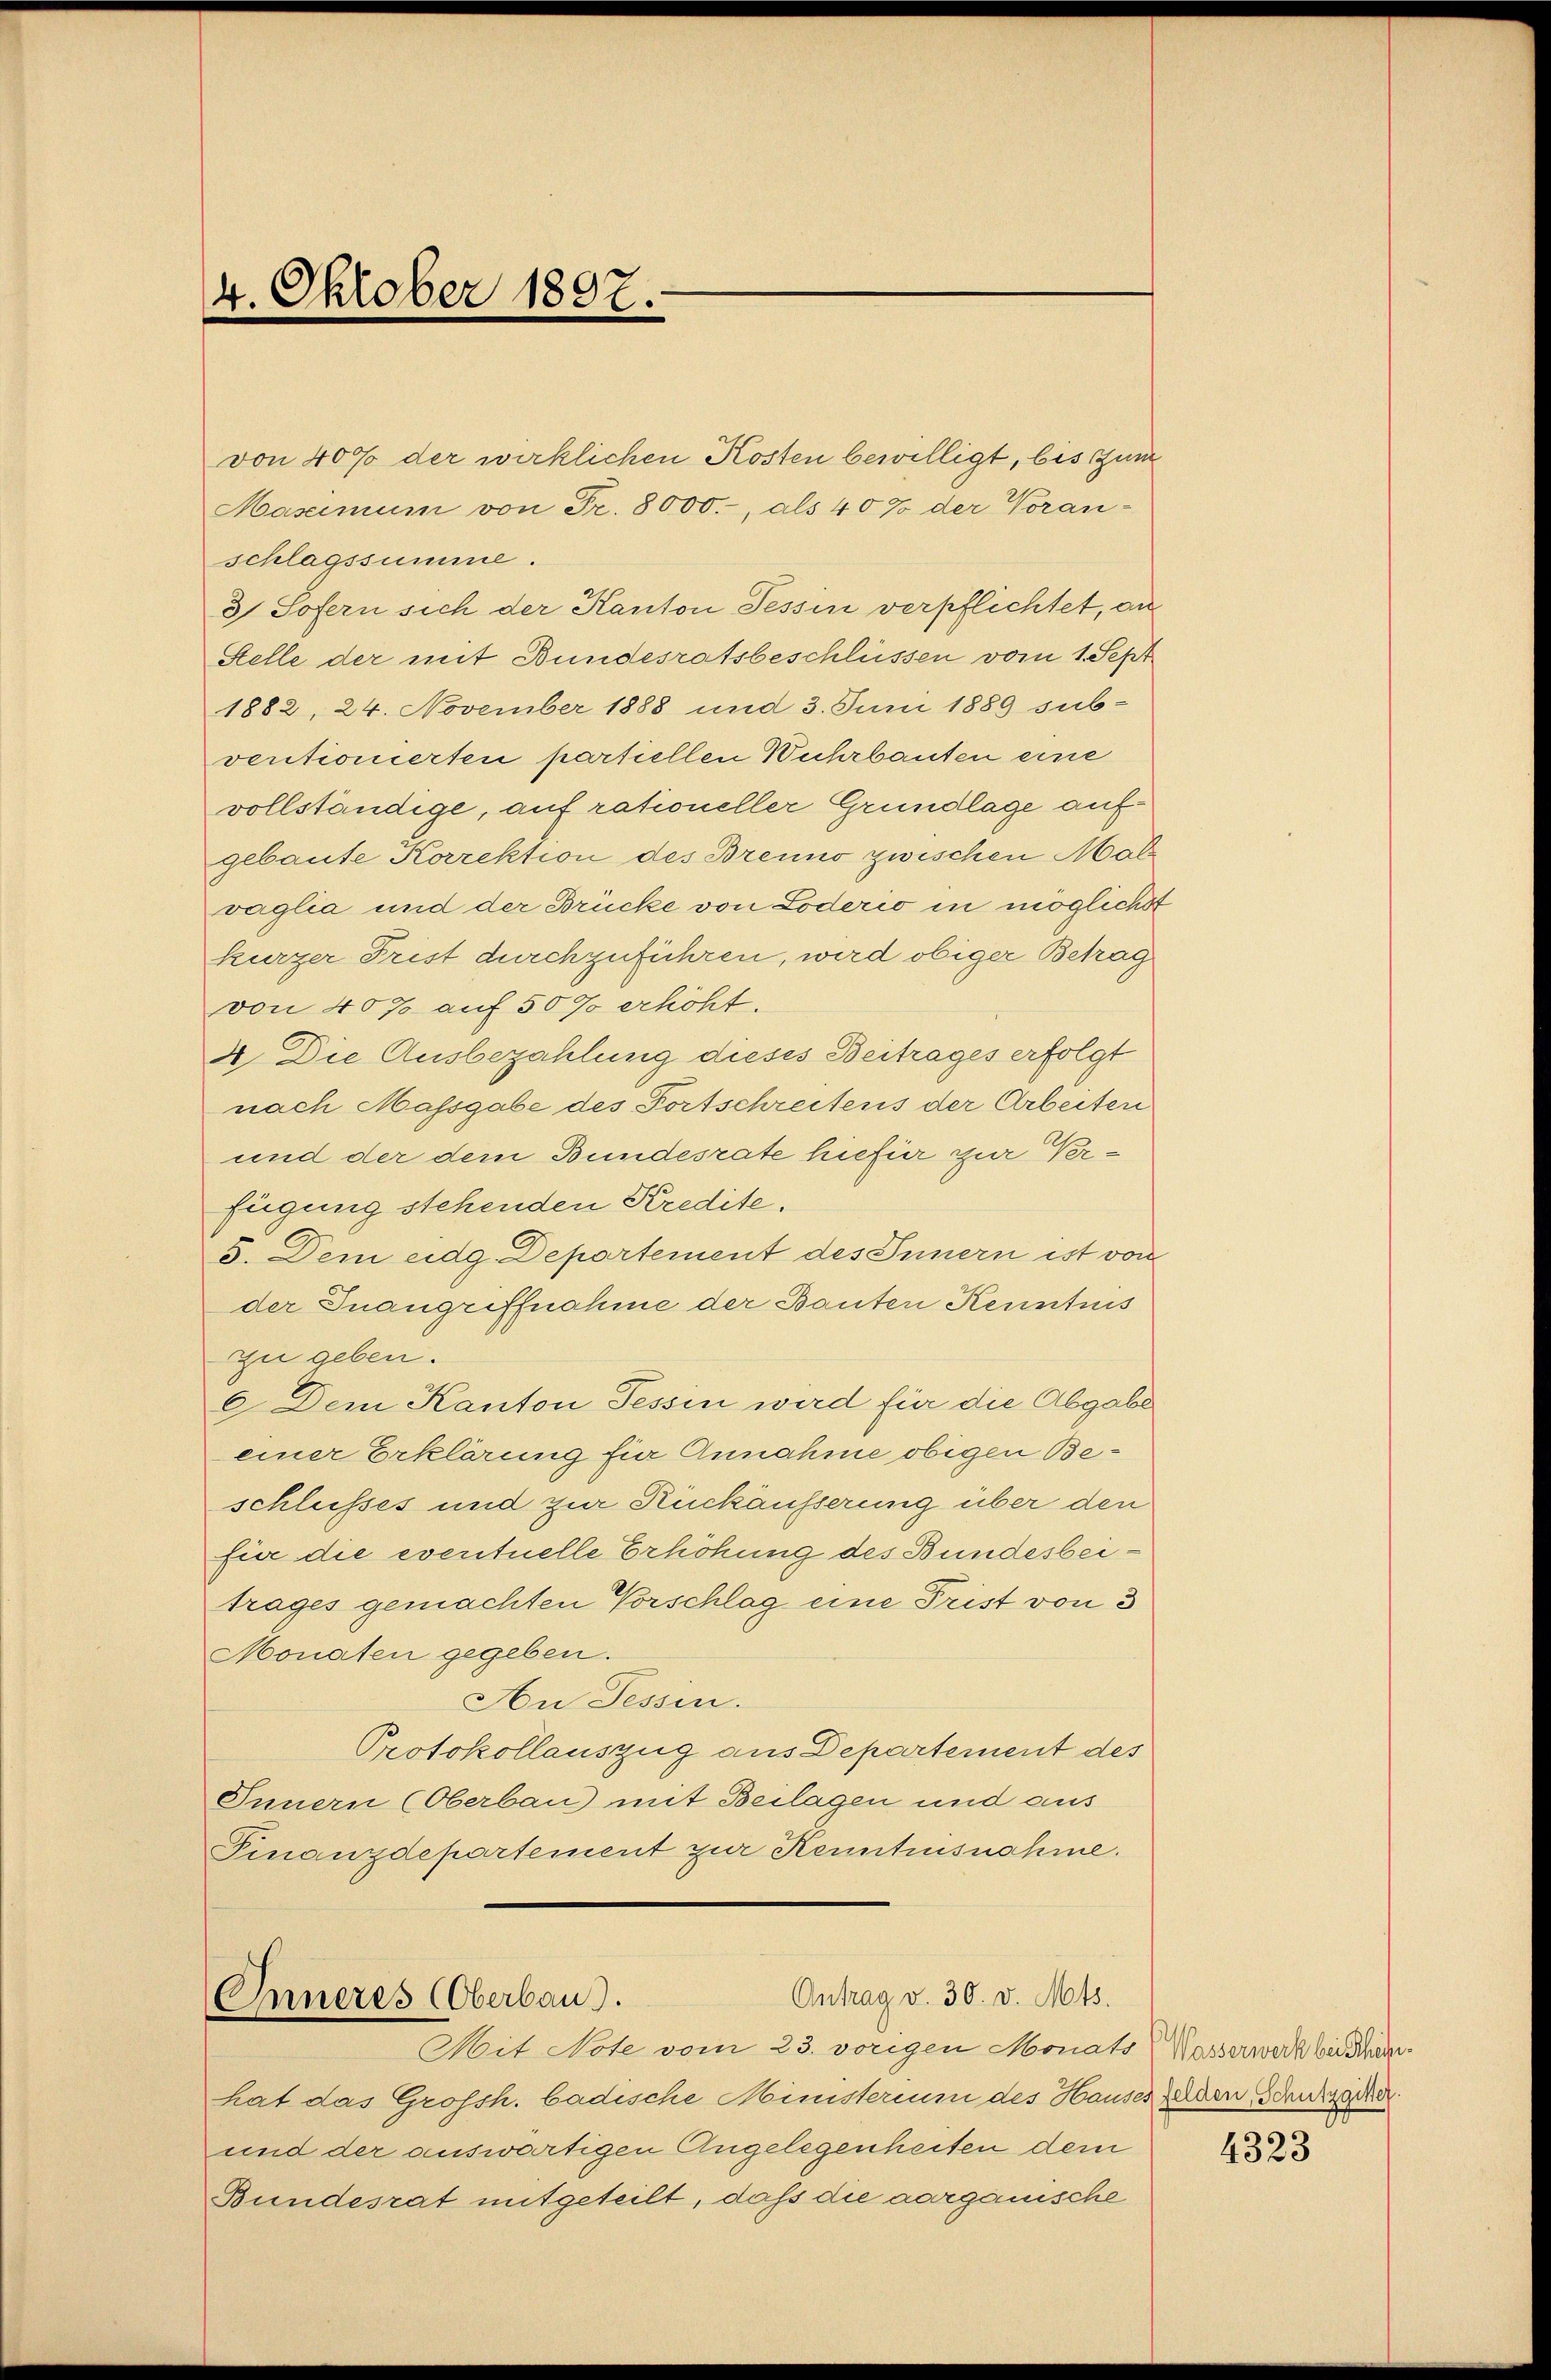
schlagssumme.
1882, 24. November 1888 und 3. Juni 1889 sub-
ventionierten partiellen Wuhrbauten eine
vollständige, auf rationeller Grundlage aufgebaute Korrektion des Brenno zwischen Malvaglia und der Brücke von Loderio in möglicher
kurzer Frist durchzuführen, wird obiger Betrag
von 40% auf 5000 erhöht.
A. Die Ausbezahlung dieses Beitrages erfolgt
nach Massgabe des Fortschreitens der Arbeiter
und der dem Bundesrate hiefür zur Verfügung stehenden Kredite.
5. Dem eidg. Departement des Innern ist von
der Inangriffnahme der Bauten Kenntnis
zu geben.
6 Dem Kanton Tessin wird für die Abgabe
einer Erklärung für Annahme obigen Beschlusses und zur Rückäusserung über den
für die eventuelle Erhöhung des Bundesbeitrages gemachten Vorschlag eine Frist von 3
Monaten gegeben.
An Tessin.
Protokollauszug aus Departement des
Innern (Oberbau mit Beilagen und aus
Finanzdepartement zur Kenntnisnahme.

4. Oktober 1897.

von 40% der wirklichen Kosten bewilligt, bis zum
Maseimum von Fr. 8000.-, als 40% der Voran-
3) Sofern sich der Kanton Tessin verpflichtet, an
Stelle der mit Bundesratsbeschlüssen vom 1. Sept

Antrag v. 30. v. Mts.
Inneres (Oberbau).
Mit Note vom 23. vorigen Monats Wasserwerk bei Schan¬

hat das Grossh. badische Ministerium des Hauses Felden, Schutzacker.
und der auswärtigen Angelegenheiten dem
Bundesrat mitgeteilt, daß die aarganische

4323